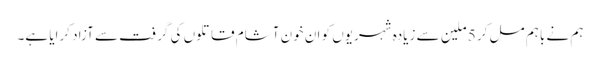
ہم نے باہم مل کر 5 ملین سے زیادہ شہریوں کو ان خون آشام قاتلوں کی گرفت سے آزاد کرایا ہے۔